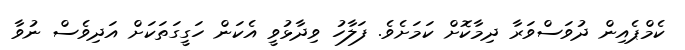
ކެމްޕެއިން ދުވަސްވަރާ ދިމާކޮށް ކަމަށެވެ. ފަލާހު ވިދާޅުވީ އެކަން ހަގީގަތަކަށް އަދިވެސް ނުވާ